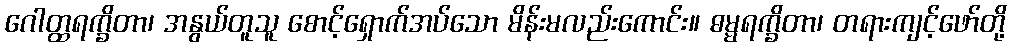
ဂေါတ္ထရက္ခိတာ၊ အနွယ်တူသူ စောင့်ရှောက်အပ်သော မိန်းမလည်းကောင်း။ ဓမ္မရက္ခိတာ၊ တရားကျင့်ဖော်တို့